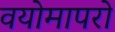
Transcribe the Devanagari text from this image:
वयोमापरो